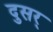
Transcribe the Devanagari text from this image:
दुसर्